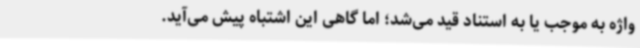
واژه به موجب یا به استناد قید می‌شد؛ اما گاهی این اشتباه پیش می‌آید.